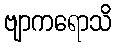
ဗျာကရောသိ